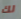
لك